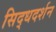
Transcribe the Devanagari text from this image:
सिद्धदर्शन